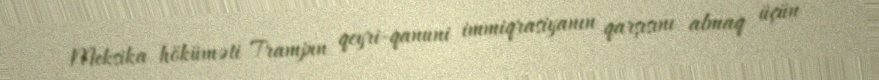
Meksika höküməti Trampın qeyri-qanuni immiqrasiyanın qarşısını almaq üçün